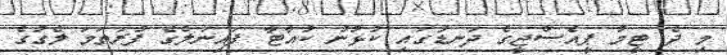
މި ދެ ޓީމު ޕީއެސްޖީގެ ދަނޑުގައި ކުޅުނު ކުއާޓާ ފައިނަލްގެ ފުރަތަމަ ލެގުގެ